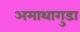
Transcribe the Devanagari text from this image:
अमाथागुडा